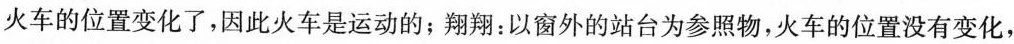
火车的位置变化了，因此火车是运动的；翔翔：以窗外的站台为参照物，火车的位置没有变化，